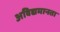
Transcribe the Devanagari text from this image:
अविद्यमानता